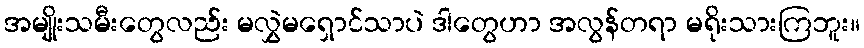
အမျိုးသမီးတွေလည်း မလွှဲမရှောင်သာပဲ ဒါတွေဟာ အလွန်တရာ မရိုးသားကြဘူး။